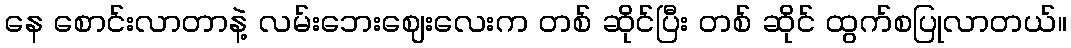
နေ စောင်းလာတာနဲ့ လမ်းဘေးဈေးလေးက တစ် ဆိုင်ပြီး တစ် ဆိုင် ထွက်စပြုလာတယ်။